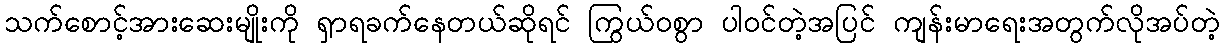
သက်စောင့်အားဆေးမျိုးကို ရှာရခက်နေတယ်ဆိုရင် ကြွယ်ဝစွာ ပါဝင်တဲ့အပြင် ကျန်းမာရေးအတွက်လိုအပ်တဲ့